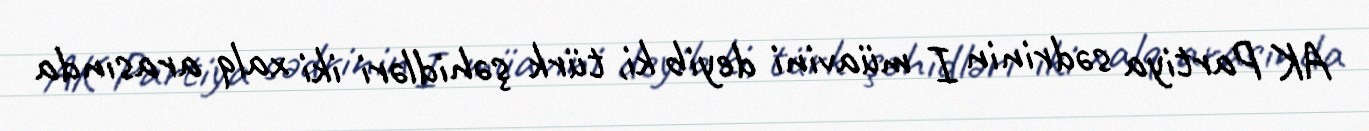
AK Partiya sədrinin I müavini deyib ki, türk şəhidləri iki xalq arasında